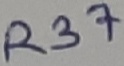
Text: R37